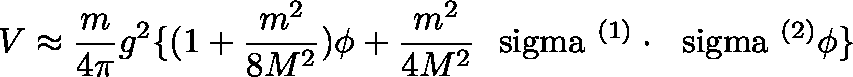
V \approx \frac { m } { 4 \pi } g ^ { 2 } \{ ( 1 + \frac { m ^ { 2 } } { 8 M ^ { 2 } } ) \phi + \frac { m ^ { 2 } } { 4 M ^ { 2 } } \mathrm { \boldmath ~ \ s i g m a ~ } ^ { ( 1 ) } \cdot \mathrm { \boldmath ~ \ s i g m a ~ } ^ { ( 2 ) } \phi \}